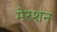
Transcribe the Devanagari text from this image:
मेरशन